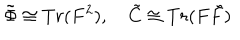
\tilde { \Phi } \cong T r ( F ^ { 2 } ) , \quad \tilde { C } \cong T r ( F \tilde { F } )